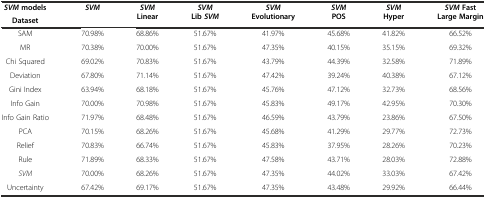
<table><thead><tr><td><b><i>SVM</i> models</b></td><td rowspan="2"><b><i>SVM</i></b></td><td rowspan="2"><b><i>SVM</i> Linear</b></td><td rowspan="2"><b><i>SVM</i> Lib <i>SVM</i></b></td><td rowspan="2"><b><i>SVM</i> Evolutionary</b></td><td rowspan="2"><b><i>SVM</i> POS</b></td><td rowspan="2"><b><i>SVM</i> Hyper</b></td><td rowspan="2"><b><i>SVM</i> Fast Large Margin</b></td></tr><tr><td><b>Dataset</b></td></tr></thead><tbody><tr><td>SAM</td><td>70.98%</td><td>68.86%</td><td>51.67%</td><td>41.97%</td><td>45.68%</td><td>41.82%</td><td>66.52%</td></tr><tr><td>MR</td><td>70.38%</td><td>70.00%</td><td>51.67%</td><td>47.35%</td><td>40.15%</td><td>35.15%</td><td>69.32%</td></tr><tr><td>Chi Squared</td><td>69.02%</td><td>70.83%</td><td>51.67%</td><td>43.79%</td><td>44.39%</td><td>32.58%</td><td>71.89%</td></tr><tr><td>Deviation</td><td>67.80%</td><td>71.14%</td><td>51.67%</td><td>47.42%</td><td>39.24%</td><td>40.38%</td><td>67.12%</td></tr><tr><td>Gini Index</td><td>63.94%</td><td>68.18%</td><td>51.67%</td><td>45.76%</td><td>47.12%</td><td>32.73%</td><td>68.56%</td></tr><tr><td>Info Gain</td><td>70.00%</td><td>70.98%</td><td>51.67%</td><td>45.83%</td><td>49.17%</td><td>42.95%</td><td>70.30%</td></tr><tr><td>Info Gain Ratio</td><td>71.97%</td><td>68.48%</td><td>51.67%</td><td>46.59%</td><td>43.79%</td><td>23.86%</td><td>67.50%</td></tr><tr><td>PCA</td><td>70.15%</td><td>68.26%</td><td>51.67%</td><td>45.68%</td><td>41.29%</td><td>29.77%</td><td>72.73%</td></tr><tr><td>Relief</td><td>70.83%</td><td>66.74%</td><td>51.67%</td><td>45.83%</td><td>37.95%</td><td>28.26%</td><td>70.23%</td></tr><tr><td>Rule</td><td>71.89%</td><td>68.33%</td><td>51.67%</td><td>47.58%</td><td>43.71%</td><td>28.03%</td><td>72.88%</td></tr><tr><td><i>SVM</i></td><td>70.00%</td><td>68.26%</td><td>51.67%</td><td>47.35%</td><td>44.02%</td><td>33.03%</td><td>67.42%</td></tr><tr><td>Uncertainty</td><td>67.42%</td><td>69.17%</td><td>51.67%</td><td>47.35%</td><td>43.48%</td><td>29.92%</td><td>66.44%</td></tr></tbody></table>